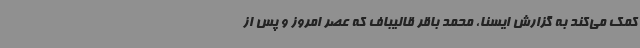
کمک می‌کند به گزارش ایسنا، محمد باقر قالیباف که عصر امروز و پس از